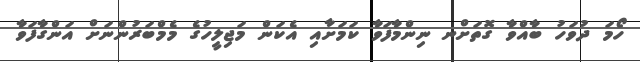
ހޯމަ ދުވަހު ބާއްވާ ގޮތަށްނ ނިންމާފަވާ ކަމަށާއި އެކަން މަޖިލީހުގެ މެމްބަރުންނަށް އަންގާފަވާ